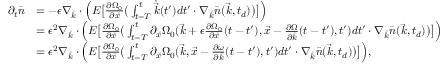
\begin{array} { r l } { \partial _ { t } \bar { n } } & { = - \epsilon \nabla _ { \vec { k } } \cdot \Big ( E \big [ \frac { \partial \Omega _ { 0 } } { \partial \vec { x } } \big ( \int _ { t - T } ^ { t } \dot { \vec { k } } ( t ^ { \prime } ) d t ^ { \prime } \cdot \nabla _ { \vec { k } } \bar { n } ( \vec { k } , t _ { d } ) \big ) \big ] \Big ) } \\ & { = \epsilon ^ { 2 } \nabla _ { \vec { k } } \cdot \Big ( E \big [ \frac { \partial \Omega _ { 0 } } { \partial \vec { x } } \big ( \int _ { t - T } ^ { t } \partial _ { \vec { x } } \Omega _ { 0 } ( \vec { k } + \epsilon \frac { \partial \Omega _ { 0 } } { \partial \vec { x } } ( t - t ^ { \prime } ) , \vec { x } - \frac { \partial \Omega } { \partial \vec { k } } ( t - t ^ { \prime } ) , t ^ { \prime } ) d t ^ { \prime } \cdot \nabla _ { \vec { k } } \bar { n } ( \vec { k } , t _ { d } ) \big ) \big ] \Big ) } \\ & { = \epsilon ^ { 2 } \nabla _ { \vec { k } } \cdot \Big ( E \big [ \frac { \partial \Omega _ { 0 } } { \partial \vec { x } } \big ( \int _ { t - T } ^ { t } \partial _ { \vec { x } } \Omega _ { 0 } ( \vec { k } , \vec { x } - \frac { \partial \omega } { \partial \vec { k } } ( t - t ^ { \prime } ) , t ^ { \prime } ) d t ^ { \prime } \cdot \nabla _ { \vec { k } } \bar { n } ( \vec { k } , t _ { d } ) \big ) \big ] \Big ) , } \end{array}